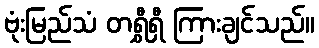
ဗုံးမြည်သံ တရွှီရှီ ကြားချင်သည်။